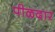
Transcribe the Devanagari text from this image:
पीळदार